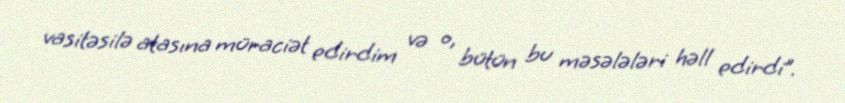
vasitəsilə atasına müraciət edirdim və o, bütün bu məsələləri həll edirdi”.